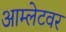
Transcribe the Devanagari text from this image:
आम्लेटवर